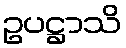
ဥပဋ္ဌာသိ